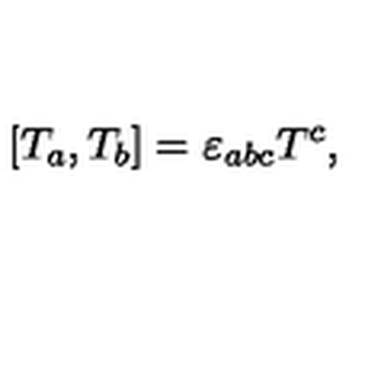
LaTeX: [ T _ { a } , T _ { b } ] = \varepsilon _ { a b c } T ^ { c } ,